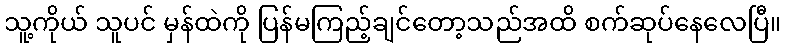
သူ့ကိုယ် သူပင် မှန်ထဲကို ပြန်မကြည့်ချင်တော့သည်အထိ စက်ဆုပ်နေလေပြီ။